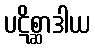
ပဋိစ္ဆာဒါယ